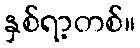
နှစ်ရာ့တစ်။